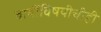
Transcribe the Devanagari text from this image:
बाबींविषयीचीही